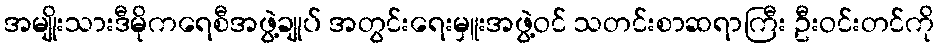
အမျိုးသားဒီမိုကရေစီအဖွဲ့ချုပ် အတွင်းရေးမှူးအဖွဲ့ဝင် သတင်းစာဆရာကြီး ဦးဝင်းတင်ကို